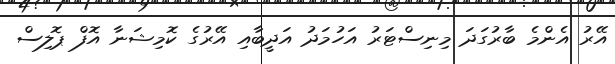
އޭރު އެންމެ ބާރުގަދަ މިނިސްޓަރު އަހުމަދު އަދީބާއި އޭރުގެ ކޮމިޝަނާ އޮފް ޕޮލިސް